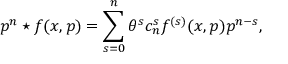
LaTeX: p ^ { n } \star f ( x , p ) = \sum _ { s = 0 } ^ { n } \theta ^ { s } c _ { n } ^ { s } f ^ { ( s ) } ( x , p ) p ^ { n - s } ,